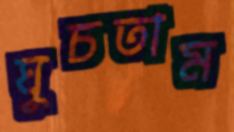
ঘুচতাম